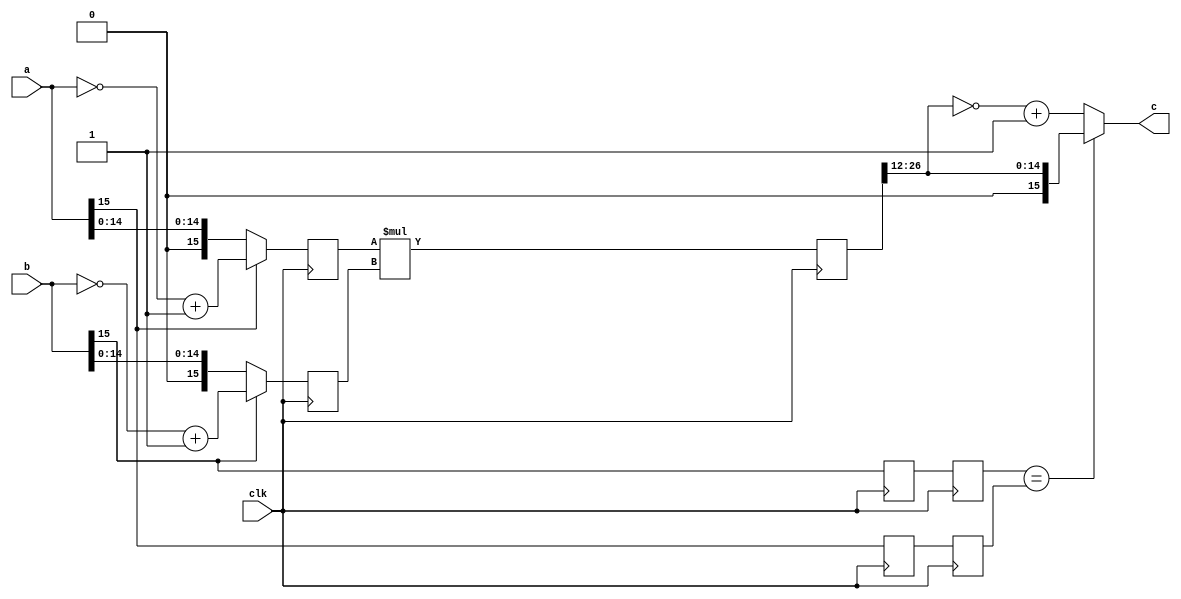
`define SIMULATION_MEMORY
//`define SIMULATION_addfp
`define VECTOR_DEPTH 64 //Q,K,V vector size
`define DATA_WIDTH 16
`define VECTOR_BITS 1024 // 16 bit each (16x64)
`define NUM_WORDS 32   //num of words in the sentence
`define BUF_AWIDTH 4 //16 entries in each buffer ram
`define BUF_LOC_SIZE 4 //4 words in each addr location
`define OUT_RAM_DEPTH 512 //512 entries in output bram
`define EXPONENT 8
`define MANTISSA 7
`define EXPONENT 5
`define MANTISSA 10
`define SIGN 1
`define DWIDTH (`SIGN+`EXPONENT+`MANTISSA)
`define DEFINES_DONE
`define DATAWIDTH (`SIGN+`EXPONENT+`MANTISSA)
`define IEEE_COMPLIANCE 1
`define NUM 4
`define ADDRSIZE 4

module signedmul(
  input clk,
  input [15:0] a,
  input [15:0] b,
  output [15:0] c
);

wire [31:0] result;
wire [15:0] a_new;
wire [15:0] b_new;

reg [15:0] a_ff;
reg [15:0] b_ff;
reg [31:0] result_ff;
reg a_sign,b_sign,a_sign_ff,b_sign_ff;

assign c = (b_sign_ff==a_sign_ff)?result_ff[26:12]:(~result_ff[26:12]+1'b1);
assign a_new = a[15]?(~a + 1'b1):a;
assign b_new = b[15]?(~b + 1'b1):b;
assign result = a_ff*b_ff;

always@(posedge clk) begin
	a_ff <= a_new;
	b_ff <= b_new; 

	a_sign <= a[15];
	b_sign <= b[15];
	a_sign_ff <= a_sign;
	b_sign_ff <= b_sign;
    result_ff <= result;
    
end


endmodule